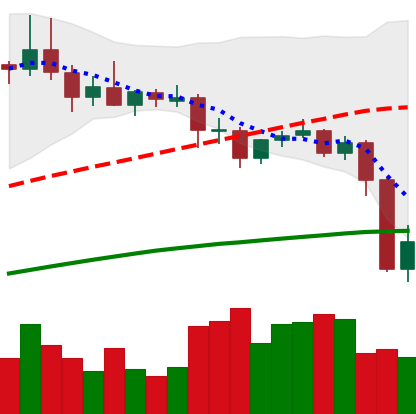
Ticker: DOGE-USD
Chart end date: 2020-09-04
Forward return: -4.139%
Label: down_3_5